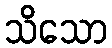
သိသော